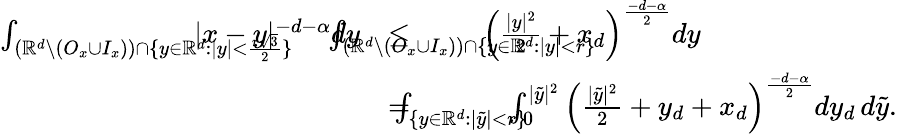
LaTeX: \begin{array}{rl}{\int_{(\mathbb{R}^{d}\setminus(O_{x}\cup I_{x}))\cap\{ y\in\mathbb{R}^{d}:|y|<\frac{r\sqrt{3}}{2}\} }\! \! \! \! \! \! \! \! \! \! \! \! \! \! \! \! \! \! \! \! \! \! |x-y|^{-d-\alpha}dy}&{\leq\! \! \! \! \! \! \! \! \! \! \! \! \! \! \! \! \! \! \! \int_{(\mathbb{R}^{d}\setminus(O_{x}\cup I_{x}))\cap\{ y\in\mathbb{R}^{d}:|y|<r\} }\! \! \! \! \! \! \! \! \! \! \! \! \! \! \! \! \! \! \! \! \! \! \! \! \! \left(\frac{|y|^{2}}{2}+x_{d}\right)^{\frac{-d-\alpha}{2}}dy}\\ &{=\! \! \! \! \! \int_{\{ y\in\mathbb{R}^{d}:|\tilde{y}|<r\} }\! \! \! \! \! \int_{0}^{|\tilde{y}|^{2}}\left(\frac{|\tilde{y}|^{2}}{2}+y_{d}+x_{d}\right)^{\frac{-d-\alpha}{2}}dy_{d}\, d\tilde{y}.}\end{array}